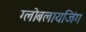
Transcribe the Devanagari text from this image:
ग्लोबलायजिंग